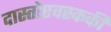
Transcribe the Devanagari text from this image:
दास्तोएवस्ककी